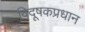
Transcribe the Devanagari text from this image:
विदूषकप्रधान